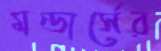
মন্ডার্সের